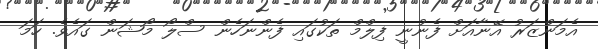
އެމަންޒަރު އޭނާއަށް ފެނުނީ ފިލްމް ތަކުގައި ފެންނަހެން ސްލޯ މޯޝަން ގައެވެ. ހަމަ